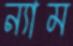
ন্যাম